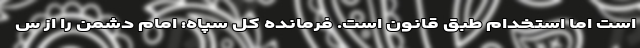
است اما استخدام طبق قانون است. فرمانده کل سپاه: امام دشمن را از س